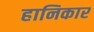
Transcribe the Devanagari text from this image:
हानिकार